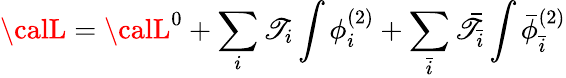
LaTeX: {\calL}={\calL}^{0}+\sum_{i}\mathscr{T}_{i}\int\phi_{i}^{(2)}+\sum_{\bar{{i}}}{\bar{{\mathscr{T}}}}_{\bar{{i}}}\int{\bar{{\phi}}}_{\bar{{i}}}^{(2)}